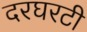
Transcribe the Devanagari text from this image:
दरघरटी